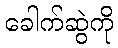
ခေါက်ဆွဲကို